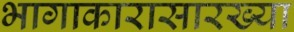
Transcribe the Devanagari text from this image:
भागाकारासारख्या